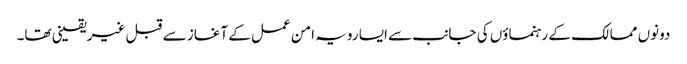
دونوں ممالک کے رہنماؤں کی جانب سے ایسا رویہ امن عمل کے آغاز سے قبل غیریقینی تھا۔